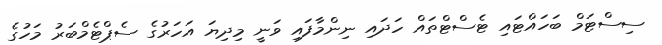
ސިސްޓަމް ބަހައްޓައި ޓެސްޓްތައް ހަދައި ނިންމާފައި ވަނީ މިދިޔަ އަހަރުގެ ސެޕްޓެމްބަރު މަހުގެ